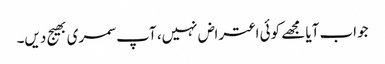
جواب آیا مجھے کوئی اعتراض نہیں، آپ سمری بھیج دیں۔